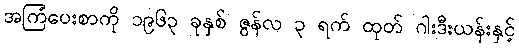
အကြံပေးစာကို ၁၉၆၃ ခုနှစ် ဇွန်လ ၃ ရက် ထုတ် ဂါးဒီးယန်းနှင့်